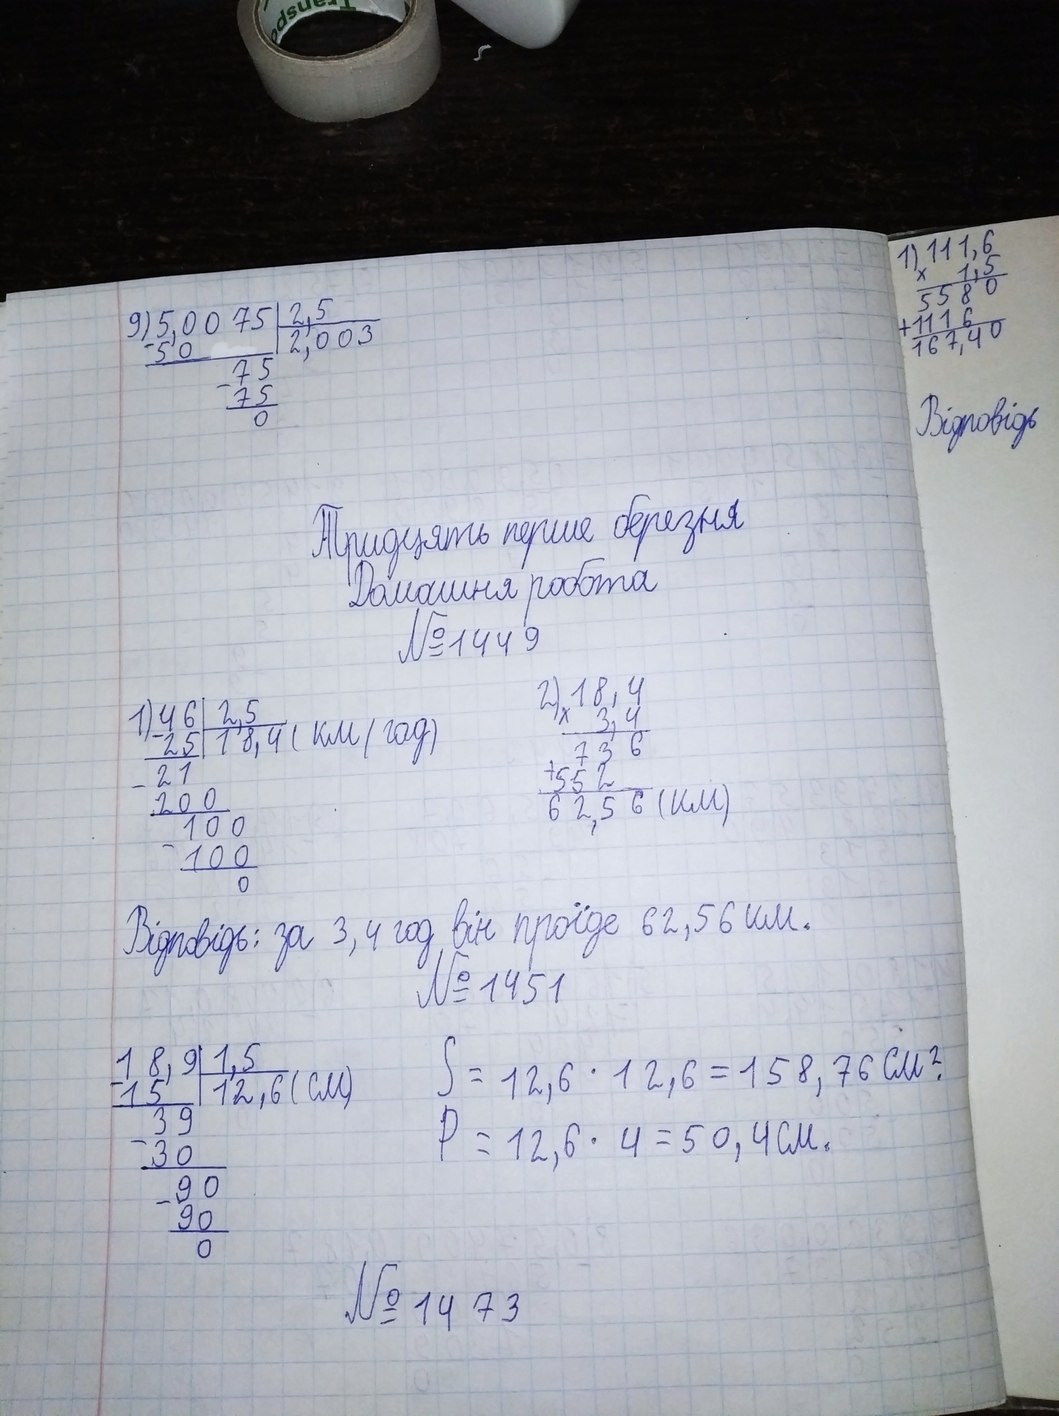
1) \begin{array}{r} 111,6 \\  1,5 \\  \hline  5580\\  +1116\\  \hline  167,40  \end{array}
\begin{array}{r|l} 5,0075 & 2,5 \\ \cline{2-2} - 50 & 2,003 \\ \cline{1-1} - 75& \\ 75 & \\ \cline{1-1} 0 & \end{array}
Відповідь
Тридцять перше березня
Домашня робота
№ 1449
\begin{array}{r}
18,4 \\
34 \\
\hline
736\\
+552\\
\hline
62,56 км
\end{array}
\begin{array}{r|l} 46 & 2,5 \\ \cline{2-2} - 25 & 18,4 \text{(км/год)} \\ \cline{1-1} - 21& \\ 200 & \\ - 100& \\ 100 & \\ \cline{1-1} 0 & \end{array}
Відповідь: за 3,4 год він проїде 62,56 км.
№ 1451
\begin{array}{r|l} 18,9& 1,5 \\ \cline{2-2} - 15 & 12,6 \\ \cline{1-1} - 39 & \\ 30 & \\ \cline{1-1} - 90 & \\ 90& \\ \cline{1-1} 0 & \end{array}
S = 12,6 * 12,6 = 158,76 см²
S = 12,6 *4=50,4 см.
№ 14 73